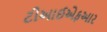
ટીઆઈએફઆર